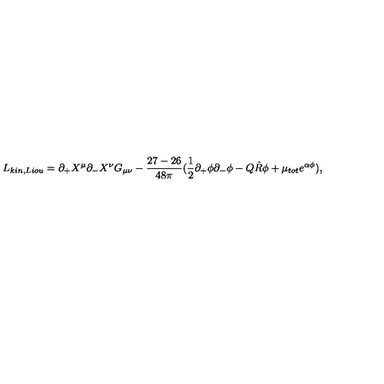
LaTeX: L _ { k i n , L i o u } = \partial _ { + } X ^ { \mu } \partial _ { - } X ^ { \nu } G _ { \mu \nu } - \frac { 2 7 - 2 6 } { 4 8 \pi } ( \frac { 1 } { 2 } \partial _ { + } \phi \partial _ { - } \phi - Q \hat { R } \phi + \mu _ { t o t } e ^ { \alpha \phi } ) ,